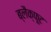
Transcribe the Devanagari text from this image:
ब्लैक्फूट